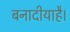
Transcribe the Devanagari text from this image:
बनादीयाहै।